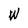
Character: W